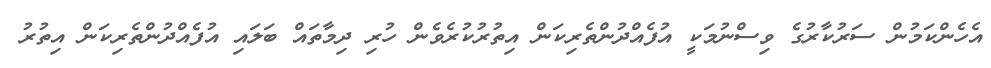
އެހެންކަމުން ސަރުކާރުގެ ވިސްނުމަކީ އުފެއްދުންތެރިކަން އިތުރުކުރެވެން ހުރި ދިމާތައް ބަލައި އުފެއްދުންތެރިކަން އިތުރު